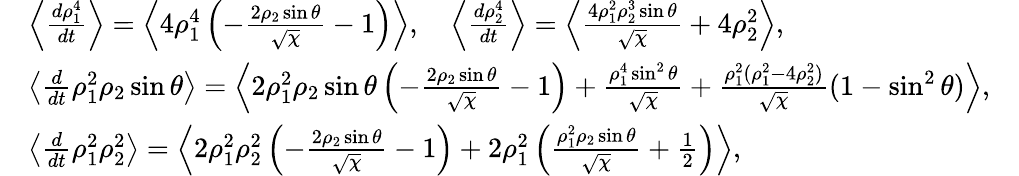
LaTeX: \begin{array}{rlr}&{\left\langle\frac{d\rho_{1}^{4}}{dt}\right\rangle=\left\langle 4\rho_{1}^{4}\left(-\frac{2\rho_{2}\sin\theta}{\sqrt{\chi}}-1\right)\right\rangle,\quad\left\langle\frac{d\rho_{2}^{4}}{dt}\right\rangle=\left\langle\frac{4\rho_{1}^{2}\rho_{2}^{3}\sin\theta}{\sqrt{\chi}}+4\rho_{2}^{2}\right\rangle,}&\\ &{\left\langle\frac{d}{dt}\rho_{1}^{2}\rho_{2}\sin\theta\right\rangle=\left\langle 2\rho_{1}^{2}\rho_{2}\sin\theta\left(-\frac{2\rho_{2}\sin\theta}{\sqrt{\chi}}-1\right)+\frac{\rho_{1}^{4}\sin^{2}\theta}{\sqrt{\chi}}+\frac{\rho_{1}^{2}(\rho_{1}^{2}-4\rho_{2}^{2})}{\sqrt{\chi}}(1-\sin^{2}\theta)\right\rangle,}&\\ &{\left\langle\frac{d}{dt}\rho_{1}^{2}\rho_{2}^{2}\right\rangle=\left\langle 2\rho_{1}^{2}\rho_{2}^{2}\left(-\frac{2\rho_{2}\sin\theta}{\sqrt{\chi}}-1\right)+2\rho_{1}^{2}\left(\frac{\rho_{1}^{2}\rho_{2}\sin\theta}{\sqrt{\chi}}+\frac{1}{2}\right)\right\rangle,}&\end{array}